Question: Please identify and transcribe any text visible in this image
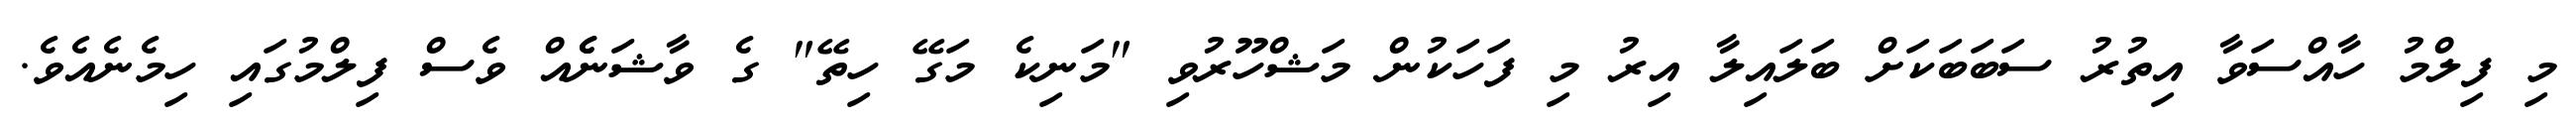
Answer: މި ފިލްމު ހާއްސަވާ އިތުރު ސަބަބަކަށް ބަލައިލާ އިރު މި ފަހަކުން މަޝްހޫރުވި "މަނިކެ މަގޭ ހިތޭ" ގެ ވާޝަނެެއް ވެސް ފިލްމުގައި ހިމެނެއެވެ.